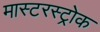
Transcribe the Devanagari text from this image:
मास्टरस्ट्रोक